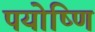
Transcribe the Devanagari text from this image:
पयोष्णि